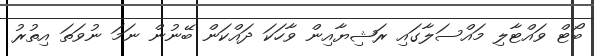
ބޯޓް ވައްޓާލި މައްސަލާގައި ރަޝިޔާއިން ވާހަކަ ދައްކަން ބޭނުން ނަމަ ނުވަތަ އިތުރު